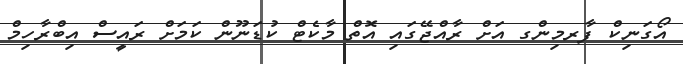
އޯގަނިކް ފާރމިންގ އަށް ރާއްޖޭގައި އޮތް މާކެޓް ކުޑަނޫން ކަމަށް ރައީސް އިބްރާހިމް